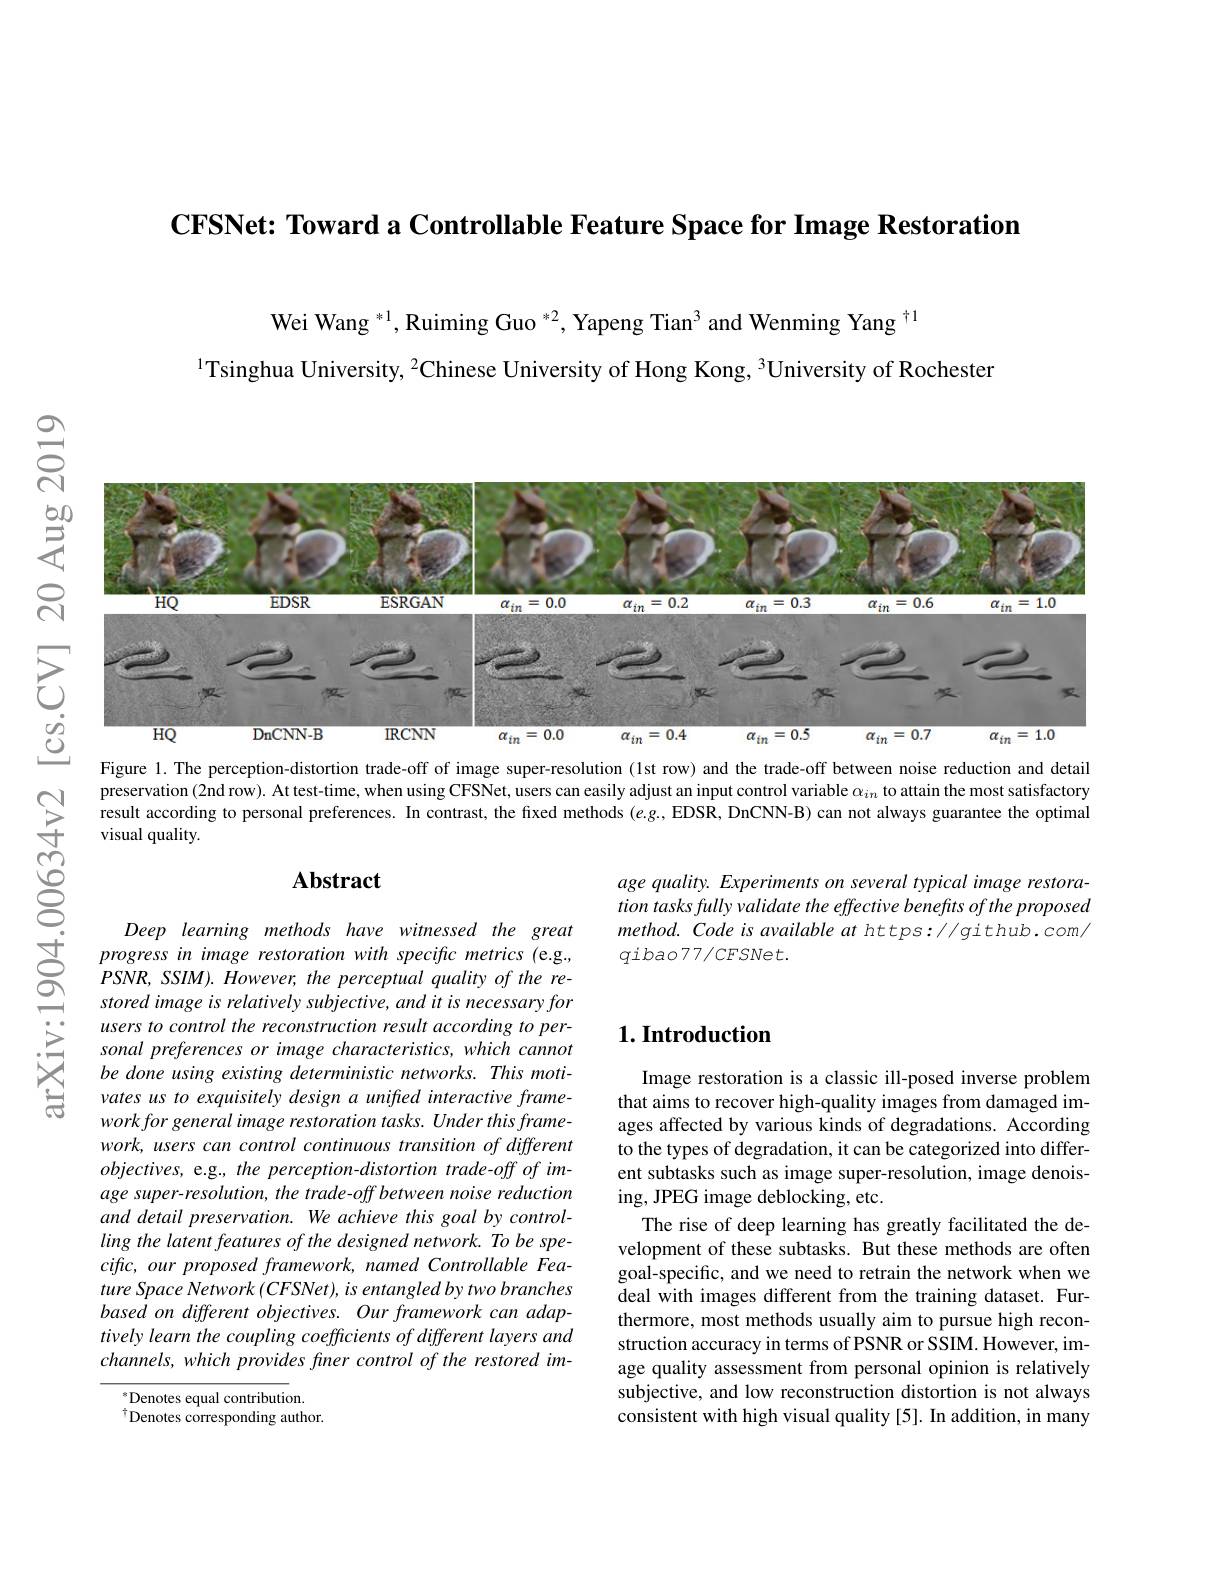
CFSNet: Toward a Controllable Feature Space for Image Restoration

Wei Wang $^{*1}$, Ruiming Guo $^{*2}$, Yapeng Tian$^{3}$ and Wenming Yang ti
$^{1}$Tsinghua University, $^2$Chinese University of Hong Kong, 3University of Rochester

$స్లే$

$సి$

$等$
<FigureHere>

$উড়্তি$

Figure 1. The perception-distortion trade-off of image super-resolution (1st row) and the trade-off between noise reduction and detail preservation (2nd row). At test-time, when using CFSNet, users can easily adjust an input control variable $\alpha_{in}$ to attain the most satisfactory result according to personal preferences. In contrast, the fixed methods (e.g.,EDSR, DnCNN-B) can not always guarantee the optimal visual quality.

### $\mathbf{Abstract}$

age quality. Experiments on several typical image restoration tasks fully validate the effective benefits of the proposed method. Code is available at https://github.com/ $qibao77/CFSNet$

$ਛੁੱ$

### $1. \textbf{Introduction}$

意

Deep learning methods have witnessed the great progress in image restoration with specific metrics (e.g., $PSNR,SSIM).However,theperceptualqualityofthere-$ stored image is relatively subjective, and it is necessary for users to control the reconstruction result according to personal preferences or image characteristics, which cannot be done using existing deterministic networks. This motivates us to exquisitely design a unifted interactive frame- $workforgeneralimagerestorationtasks.Underthisframe-$ work, users can control continuous transition of different $objectives$, e.g., the perception-distortion trade-off of image super-resolution, the trade-off between noise reduction and detail preservation. We achieve this goal by controlling the latent features of the designed network. To be specific, our proposed framework, named Controllable Feature Space Network (CFSNet), is entangled by two branches based on different objectives. Our framework can adaptively learn the coupling coefficients of different layers and channels, which provides finer control of the restored im-

Image restoration is a classic ill-posed inverse problem that aims to recover high-quality images from damaged images affected by various kinds of degradations. According to the types of degradation, it can be categorized into different subtasks such as image super-resolution, image denoising, JPEG image deblocking, etc.
The rise of deep learning has greatly facilitated the development of these subtasks. But these methods are often goal-specific, and we need to retrain the network when we deal with images different from the training dataset. Furthermore, most methods usually aim to pursue high reconstruction accuracy in terms of PSNR or SSIM. However, image quality assessment from personal opinion is relatively subjective, and low reconstruction distortion is not always consistent with high visual quality [5]. In addition, in many

$^{*}$Denotes equal contribution.
$^{\dagger}$Denotes corresponding author.